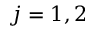
j = 1 , 2